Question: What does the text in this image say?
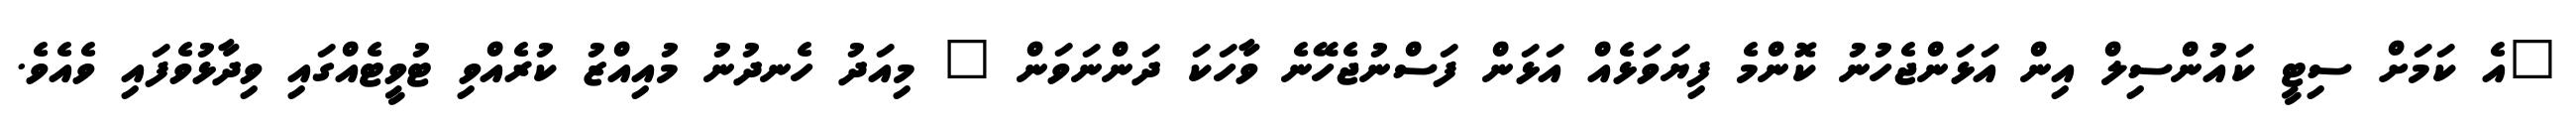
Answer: "އެ ކަމަށް ސިޓީ ކައުންސިލް އިން އަޅަންޖެހުނު ކޮންމެ ފިޔަވަޅެއް އަޅަން ފަސްނުޖެހޭނެ ވާހަކަ ދަންނަވަން " މިއަދު ހެނދުނު މުއިއްޒު ކުރެއްވި ޓުވީޓެއްގައި ވިދާޅުވެފައި ވެއެވެ.